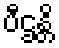
ပီဌန္တိ